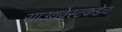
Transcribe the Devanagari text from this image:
साउथवेस्टकडेच